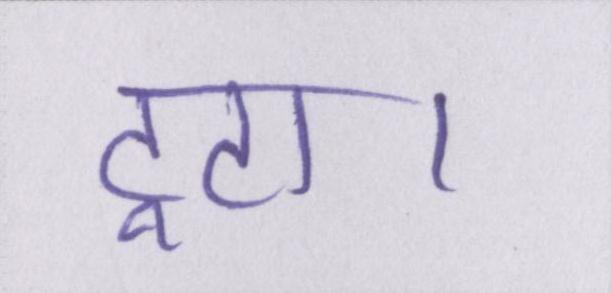
टूटा।